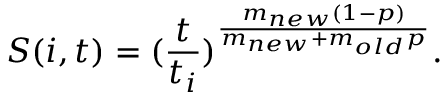
S ( i , t ) = ( \frac { t } { t _ { i } } ) ^ { \frac { m _ { n e w } ( 1 - p ) } { m _ { n e w } + m _ { o l d } p } } .